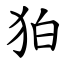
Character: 狛